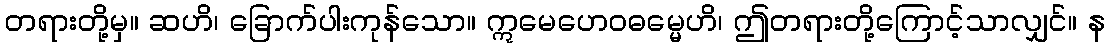
တရားတို့မှ။ ဆဟိ၊ ခြောက်ပါးကုန်သော။ ဣမေဟေဝဓမ္မေဟိ၊ ဤတရားတို့ကြောင့်သာလျှင်။ န